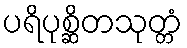
ပရိပုစ္ဆိတသုတ္တံ